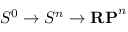
S ^ { 0 } \to S ^ { n } \to \mathbf { R P } ^ { n }